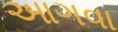
આગવા